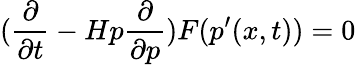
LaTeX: (\frac{\partial}{\partial t}-H{p}\frac{\partial}{\partial p})F({p^{\prime}}(x,t))=0